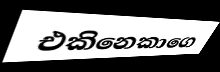
එකිනෙකාගෙ